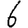
Digit: 6